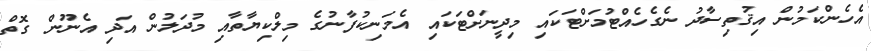
އެހެންކަމުން އިޤުތިސާދު ނެގެހެއްޓުމަށްޓަކައި މިދީނަށްޓަކައި އެމަނިކުފާނުގެ މިލްކިޔާތާއި މުދަލުން އަދި އެނޫން ގޮތް